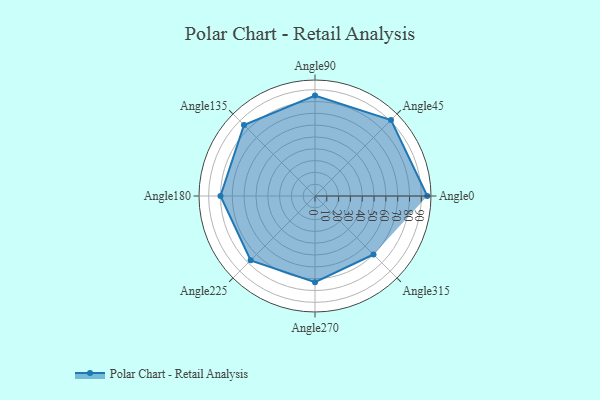
{"axis": {"x": "Angle", "y": "Radius"}, "legend": [""], "data": [{"x": "Angle0", "y": 95.0, "type": ""}, {"x": "Angle45", "y": 91.0, "type": ""}, {"x": "Angle90", "y": 85.0, "type": ""}, {"x": "Angle135", "y": 85.0, "type": ""}, {"x": "Angle180", "y": 80.0, "type": ""}, {"x": "Angle225", "y": 77.0, "type": ""}, {"x": "Angle270", "y": 73.0, "type": ""}, {"x": "Angle315", "y": 70.0, "type": ""}]}